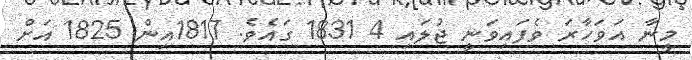
މީނާ އަވަހާރަ ވެފައިވަނީ ޖުލައި 4 1831 ގައެވެ. 1817އިން 1825 އަށް